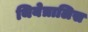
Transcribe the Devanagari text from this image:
थियेत्रालिस